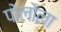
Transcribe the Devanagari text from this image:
पोलोला